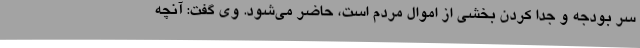
سر بودجه و جدا کردن بخشی از اموال مردم است، حاضر می‌شود. وی گفت: آنچه